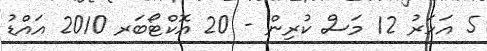
5 އަހަރު 12 މަސް ކުރިން - 20 އޮކްޓޯބަރ 2010 އައްޑު